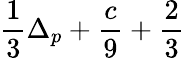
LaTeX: \frac{1}{3}\Delta_{p}+\frac{c}{9}+\frac{2}{3}